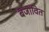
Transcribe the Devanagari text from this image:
बजावित